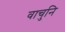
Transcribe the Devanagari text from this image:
वाचुनि